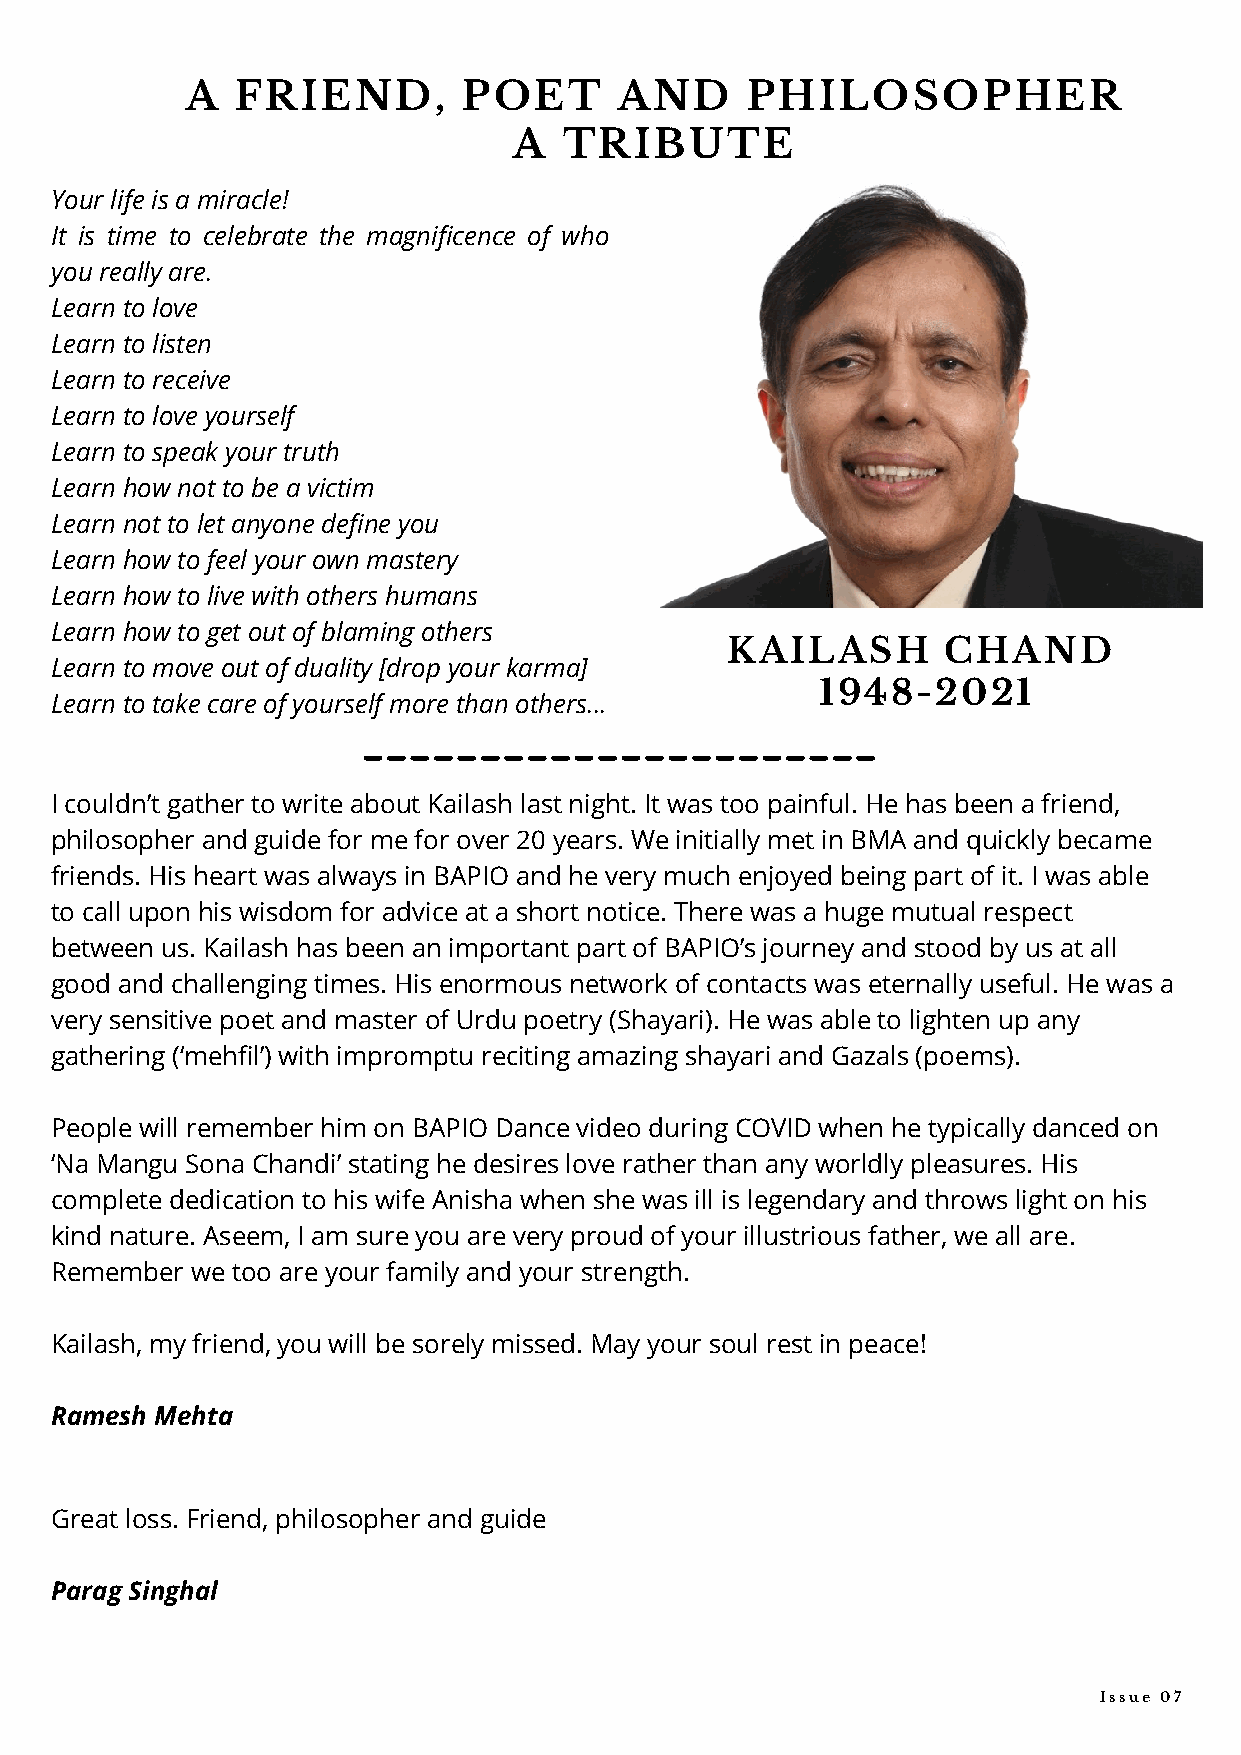
A   FRIEND,        POET      AND     PHILOSOPHER
 A  TRIBUTE
 Your life is a miracle!
 It is time to celebrate the magnificence of who
 you really are.
 Learn to love
 Learn to listen
 Learn to receive
 Learn to love yourself
 Learn to speak your truth
 Learn how not to be a victim
 Learn not to let anyone define you
 Learn how to feel your own mastery
 Learn how to live with others humans
 Learn how to get out of blaming others
 KAILASH       CHAND
 Learn to move out of duality [drop your karma]
 1948-2021
 Learn to take care of yourself more than others...
 I couldn’t gather to write about Kailash last night. It was too painful. He has been a friend,
 philosopher and guide for me for over 20 years. We initially met in BMA and quickly became
 friends. His heart was always in BAPIO and he very much enjoyed being part of it. I was able
 to call upon his wisdom for advice at a short notice. There was a huge mutual respect
 between us. Kailash has been an important part of BAPIO’s journey and stood by us at all
 good and challenging times. His enormous network of contacts was eternally useful. He was a
 very sensitive poet and master of Urdu poetry (Shayari). He was able to lighten up any
 gathering (‘mehfil’) with impromptu reciting amazing shayari and Gazals (poems).
 People will remember him on BAPIO Dance video during COVID when he typically danced on
 ‘Na Mangu Sona Chandi’ stating he desires love rather than any worldly pleasures. His
 complete dedication to his wife Anisha when she was ill is legendary and throws light on his
 kind nature. Aseem, I am sure you are very proud of your illustrious father, we all are.
 Remember  we too are your family and your strength.
 Kailash, my friend, you will be sorely missed. May your soul rest in peace!
 Ramesh Mehta
 Great loss. Friend, philosopher and guide
 Parag Singhal
 Issue 07